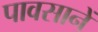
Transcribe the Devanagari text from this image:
पावसानें